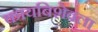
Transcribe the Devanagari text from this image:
कायबिशेवला